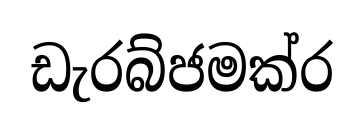
ඩැරබ්ජමක්ර